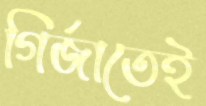
গির্জাতেই